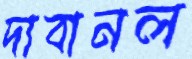
দাবানল